Indian journal of veterinary science and animal husbandry - Volume 3,
Year: 1933
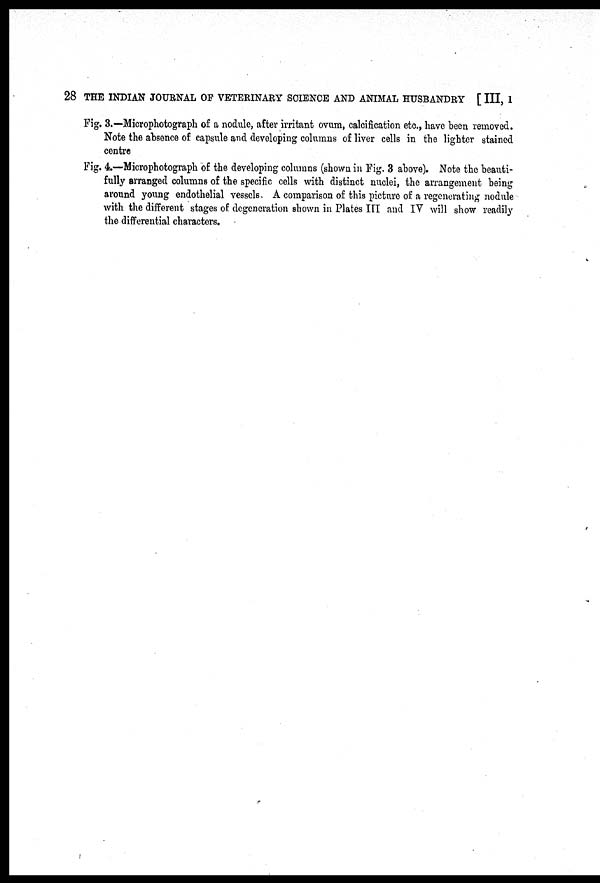
28 THE INDIAN JOURNAL OF VETERINARY SCIENCE AND ANIMAL HUSBANDRY [ III, I
Fig. 3.—Microphotograph of a nodule, after irritant ovum, calcification etc., have been removed.
Note the absence of capsule and developing columns of liver cells in the lighter stained
centre
Fig. 4.—Microphotograph of the developing columns (shown in Fig. 3 above). Note the beauti-
fully arranged columns of the specific cells with distinct nuclei, the arrangement being
around young endothelial vessels. A comparison of this picture of a regenerating nodule
with the different stages of degeneration shown in Plates III and IV will show readily
the differential characters.